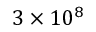
3 \times 1 0 ^ { 8 }